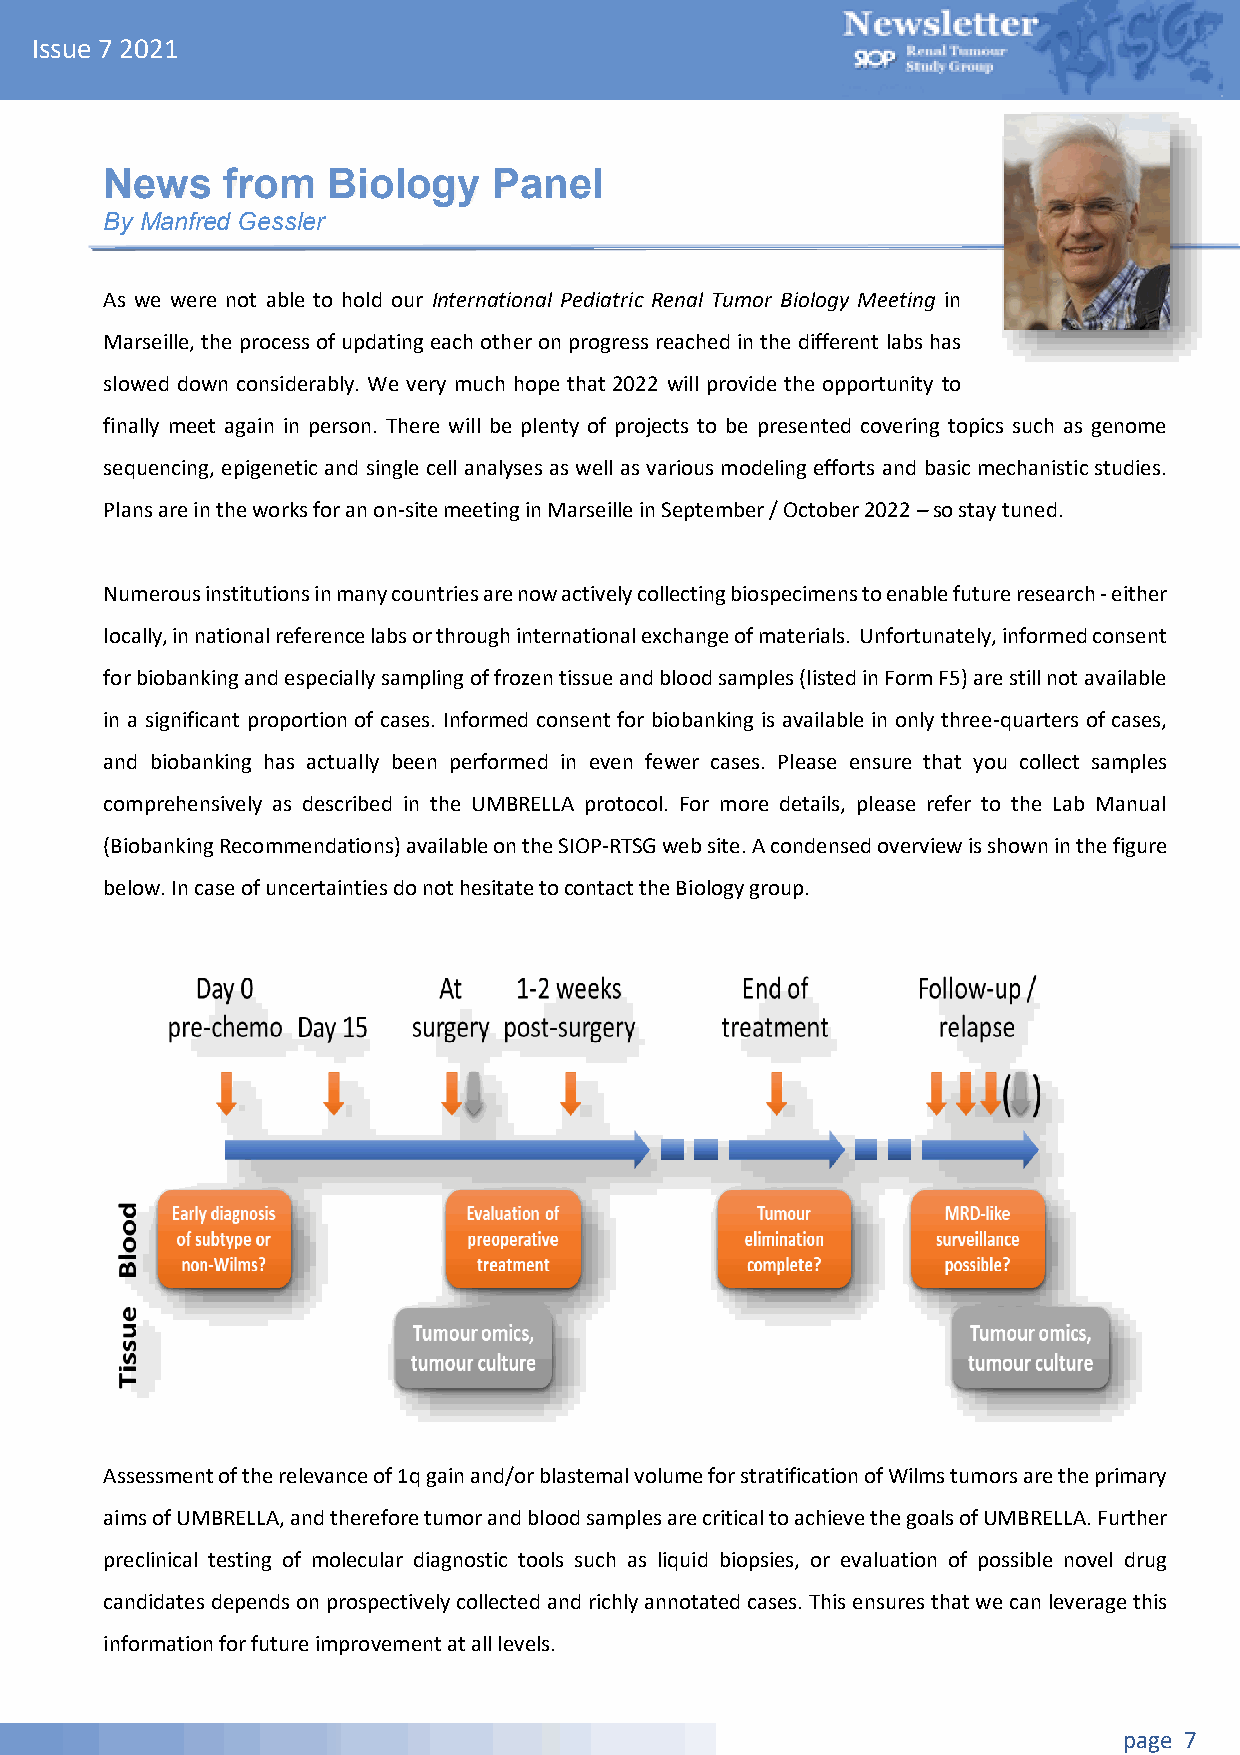
Issue 7 2021
 News    from   Biology    Panel
 By Manfred Gessler
 By  Manfred
 As we were not able to hold our International Pediatric Renal Tumor Biology Meeting in
 Marseille, the process of updating each other on progress reached in the different labs has
 slowed down considerably. We very much hope that 2022 will provide the opportunity to
 finally meet again in person. There will be plenty of projects to be presented covering topics such as genome
 sequencing, epigenetic and single cell analyses as well as various modeling efforts and basic mechanistic studies.
 Plans are in the works for an on-site meeting in Marseille in September / October 2022 – so stay tuned.
 Numerous institutions in many countries are now actively collecting biospecimens to enable future research - either
 locally, in national reference labs or through international exchange of materials. Unfortunately, informed consent
 for biobanking and especially sampling of frozen tissue and blood samples (listed in Form F5) are still not available
 in a significant proportion of cases. Informed consent for biobanking is available in only three-quarters of cases,
 and biobanking has actually been performed in even fewer cases. Please ensure that you collect samples
 comprehensively as described in the UMBRELLA protocol. For more details, please refer to the Lab Manual
 (Biobanking Recommendations) available on the SIOP-RTSG web site. A condensed overview is shown in the figure
 below. In case of uncertainties do not hesitate to contact the Biology group.
 Assessment of the relevance of 1q gain and/or blastemal volume for stratification of Wilms tumors are the primary
 aims of UMBRELLA, and therefore tumor and blood samples are critical to achieve the goals of UMBRELLA. Further
 preclinical testing of molecular diagnostic tools such as liquid biopsies, or evaluation of possible novel drug
 candidates depends on prospectively collected and richly annotated cases. This ensures that we can leverage this
 information for future improvement at all levels.
 page 7